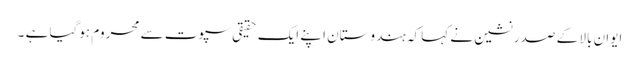
ایوان بالا کے صدر نشین نے کہا کہ ہندوستان اپنے ایک حقیقی سپوت سے محروم ہوگیا ہے ۔